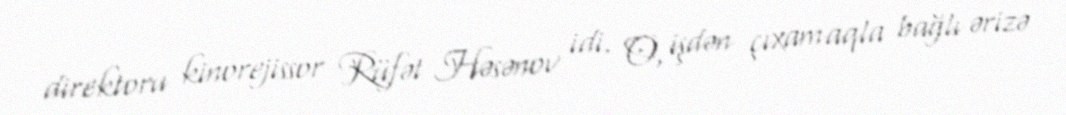
direktoru kinorejissor Rüfət Həsənov idi. O, işdən çıxamaqla bağlı ərizə